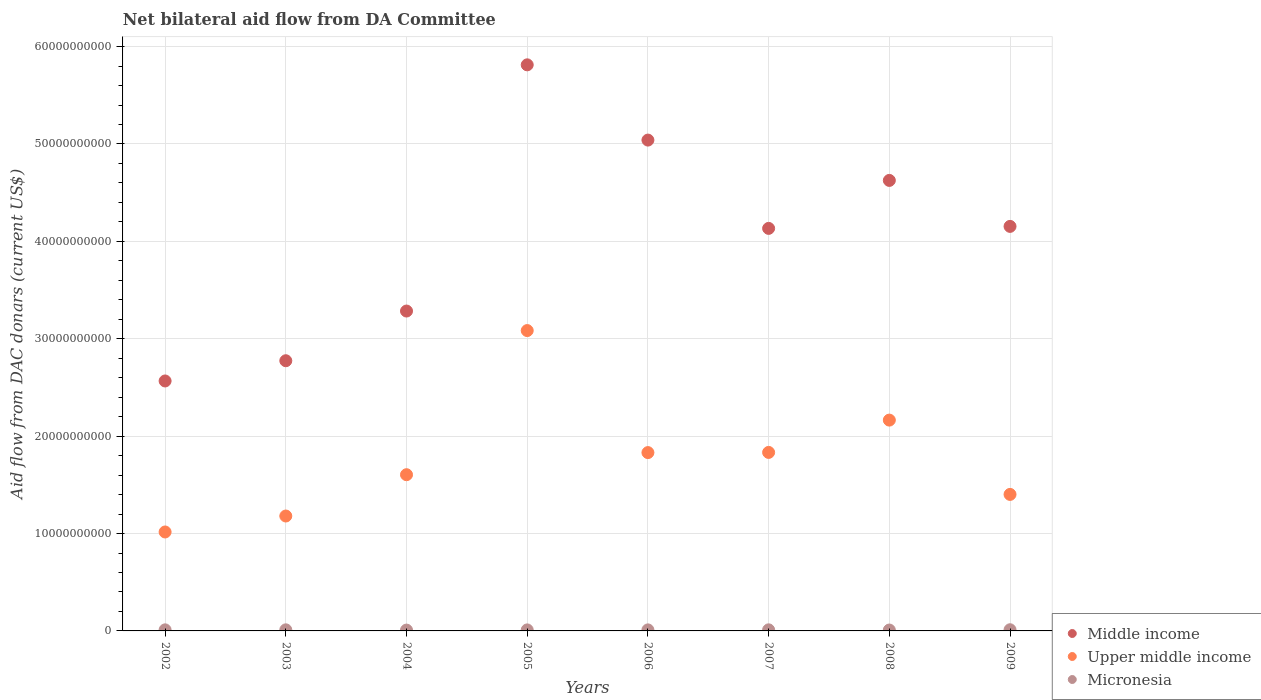
| Years | Middle income | Upper middle income | Micronesia |
 | --- | --- | --- | --- |
 | 2002 | 2.57e+10 | 1.02e+10 | 1.1e+08 |
 | 2003 | 2.77e+10 | 1.18e+10 | 1.12e+08 |
 | 2004 | 3.28e+10 | 1.6e+10 | 8.52e+07 |
 | 2005 | 5.81e+10 | 3.08e+10 | 1.04e+08 |
 | 2006 | 5.04e+10 | 1.83e+10 | 1.06e+08 |
 | 2007 | 4.13e+10 | 1.83e+10 | 1.11e+08 |
 | 2008 | 4.63e+10 | 2.16e+10 | 9.08e+07 |
 | 2009 | 4.15e+10 | 1.4e+10 | 1.21e+08 |